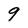
Character: 9